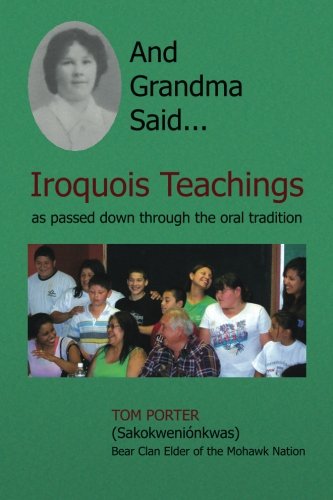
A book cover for And Grandma Said... Iroquois Teachings: as passed down through the oral tradition; Tom Porter; Sports & Outdoors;